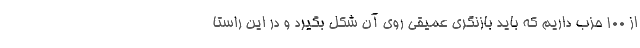
از 100 حزب داریم که باید بازنگری عمیقی روی آن شکل بگیرد و در این راستا